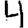
Digit: 4